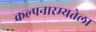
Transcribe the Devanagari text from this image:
कल्पनारम्यतेला